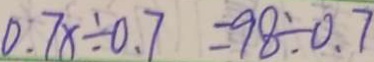
0 . 7 \times \div 0 . 7 = 9 8 \div 0 . 7